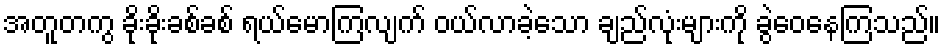
အတူတကွ ခိုးခိုးခစ်ခစ် ရယ်မောကြလျက် ဝယ်လာခဲ့သော ချည်လုံးများကို ခွဲဝေနေကြသည်။